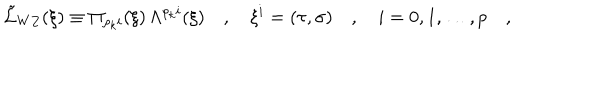
\tilde { \cal L } _ { W Z } ( \xi ) \equiv \Pi _ { \rho _ { k } i } ( \xi ) \, \Lambda ^ { \rho _ { k } i } ( \xi ) \quad , \quad \xi ^ { i } = ( \tau , { \bf \sigma } ) \quad , \quad i = 0 , 1 , \dots , p \quad , \quad